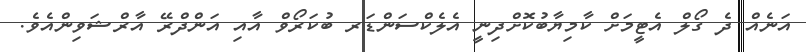
އަނެއް ދެ ގޯލް އެޓީމަށް ކާމިޔާބުކޮށްދިނީ އެލެކްސަންޑަރ ބުކަރޯވް އާއި އަންދްރޭ އާރްޝަވިންއެވެ.